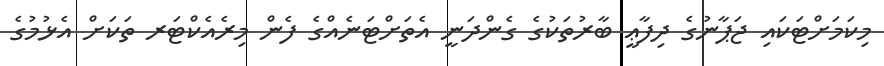
މިކަމަށްޓަކައި ޖަޕާނުގެ ދިފާޢީ ބާރުތަކުގެ ގެންދަނީ އެތަށްޓަނެއްގެ ފެން މިރެއެކްޓަރ ތަކަށް އެޅުމުގެ